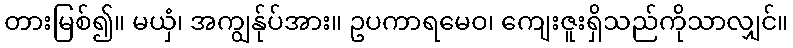
တားမြစ်၍။ မယှံ၊ အကျွန်ုပ်အား။ ဥပကာရမေဝ၊ ကျေးဇူးရှိသည်ကိုသာလျှင်။